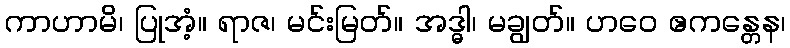
ကာဟာမိ၊ ပြုအံ့။ ရာဇ၊ မင်းမြတ်။ အဒ္ဓါ၊ မချွတ်။ ဟဝေ ဧကန္တေန၊